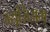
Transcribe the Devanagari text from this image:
म्यूज़िअम